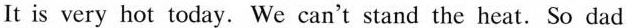
It is very hot today. We can't stand the heat. So dad